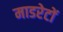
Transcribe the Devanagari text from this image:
माडरेटों